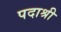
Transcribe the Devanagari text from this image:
पदाश्री